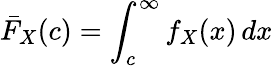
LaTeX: {\bar{F}}_{X}(c)=\int_{c}^{\infty}f_{X}(x)\, dx